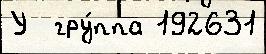
У  гру́ппа 192631